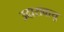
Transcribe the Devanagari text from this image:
उदारावायु